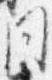
同